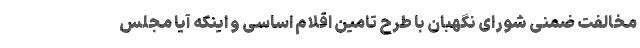
مخالفت ضمنی شورای نگهبان با طرح تامین اقلام اساسی و اینکه آیا مجلس